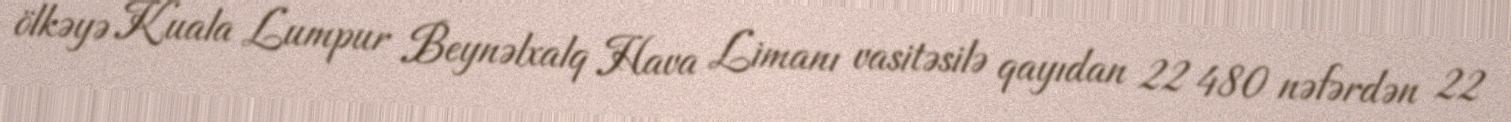
ölkəyə Kuala Lumpur Beynəlxalq Hava Limanı vasitəsilə qayıdan 22 480 nəfərdən 22